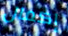
إكمال